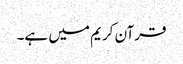
قرآن کریم میں ہے۔